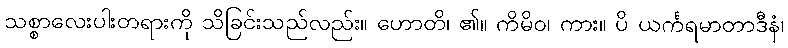
သစ္စာလေးပါးတရားကို သိခြင်းသည်လည်း။ ဟောတိ၊ ၏။ ကိမိဝ၊ ကား။ ပိ ယင်္ကရမာတာဒီနံ၊